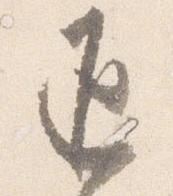
返